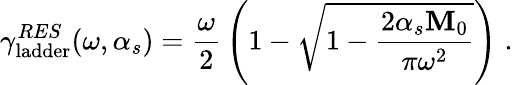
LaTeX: \gamma_{\mathrm{ladder}}^{RES}(\omega,\alpha_{s})={\frac{\omega}{2}}\left(1-\sqrt{1-{\frac{2\alpha_{s}{\mathbf M_{0}}}{\pi\omega^{2}}}}\right)\; .